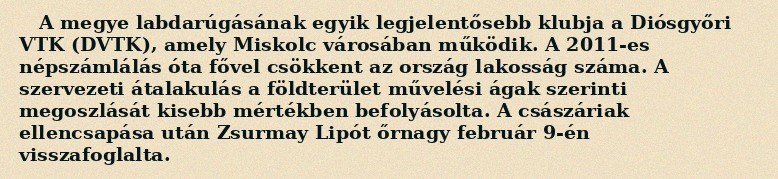
A megye labdarúgásának egyik legjelentősebb klubja a Diósgyőri VTK (DVTK), amely Miskolc városában működik. A 2011-es népszámlálás óta fővel csökkent az ország lakosság száma. A szervezeti átalakulás a földterület művelési ágak szerinti megoszlását kisebb mértékben befolyásolta. A császáriak ellencsapása után Zsurmay Lipót őrnagy február 9-én visszafoglalta.